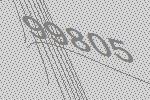
99805